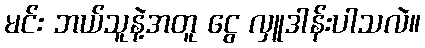
မင်း ဘယ်သူနဲ့အတူ ငွေ လှူဒါန်းပါသလဲ။